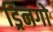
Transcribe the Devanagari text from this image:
ड्रिनगो